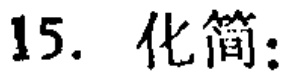
15. 化简：